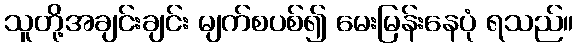
သူတို့အချင်းချင်း မျက်စပစ်၍ မေးမြန်းနေပုံ ရသည်။